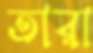
তারা